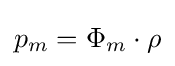
p_{m}=\Phi _{m}\cdot \rho